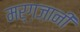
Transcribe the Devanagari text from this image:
मर्ग़ज़ानी